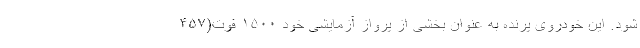
شود. این خودروی پرنده به عنوان بخشی از پرواز آزمایشی خود ۱۵۰۰ فوت(۴۵۷